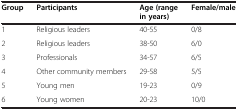
<table><thead><tr><td><b>Group</b></td><td><b>Participants</b></td><td><b>Age (range in years)</b></td><td><b>Female/male</b></td></tr></thead><tbody><tr><td>1</td><td>Religious leaders</td><td>40-55</td><td>0/8</td></tr><tr><td>2</td><td>Religious leaders</td><td>38-50</td><td>6/0</td></tr><tr><td>3</td><td>Professionals</td><td>34-57</td><td>6/5</td></tr><tr><td>4</td><td>Other community members</td><td>29-58</td><td>5/5</td></tr><tr><td>5</td><td>Young men</td><td>19-23</td><td>0/9</td></tr><tr><td>6</td><td>Young women</td><td>20-23</td><td>10/0</td></tr></tbody></table>